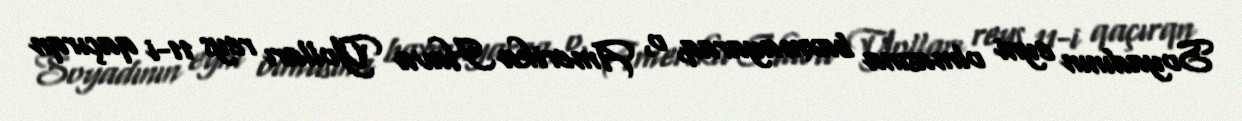
Soyadının eyni olmasına baxmayaraq, o, Amerika Hava Yolları reys 11-i qaçırqn